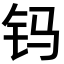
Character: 𨰾